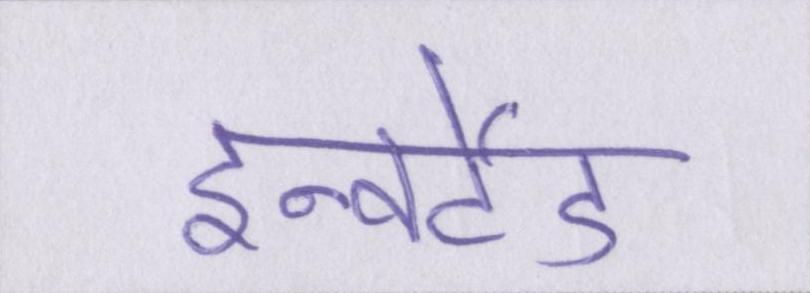
इन्वर्टेड